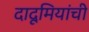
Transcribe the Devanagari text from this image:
दादूमियांची